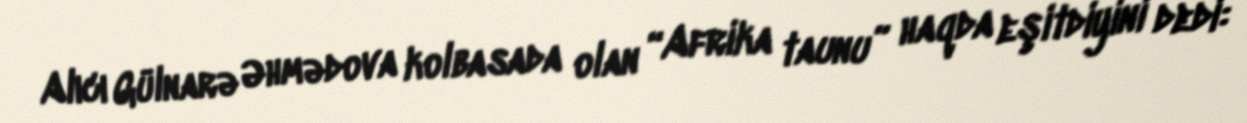
Alıcı Gülnarə Əhmədova kolbasada olan “Afrika taunu” haqda eşitdiyini dedi: